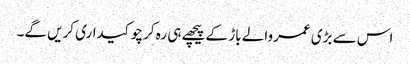
اس سے بڑی عمروالے باڑ کے پیچھے ہی رہ کر چوکیداری کریں گے۔